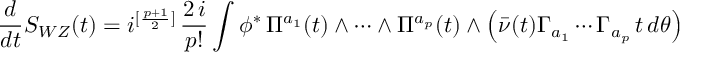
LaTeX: \frac { d } { d t } S _ { W Z } ( t ) = i ^ { [ \frac { p + 1 } { 2 } ] } \, \frac { 2 \, i } { p ! } \int \phi ^ { * } \, \Pi ^ { a _ { 1 } } ( t ) \wedge \cdots \wedge \Pi ^ { a _ { p } } ( t ) \wedge \left( \bar { \nu } ( t ) \Gamma _ { a _ { 1 } } \cdots \Gamma _ { a _ { p } } \, t \, d \theta \right)